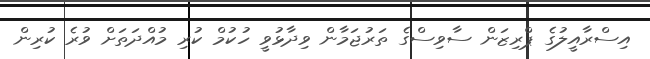
އިސްރާއީލުގެ ޕްރިޒަން ސާވިސްގެ ތަރުޖަމާން ވިދާޅުވީ ހުކުމް ކުރި މުއްދަތަށް ވުރެ ކުރިން